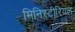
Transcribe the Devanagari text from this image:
मिनिस्टीरियल